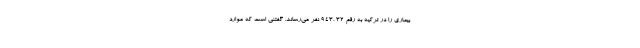
بیماری را در ترکیه به رقم ۳۲ ،۹۴۳ نفر می‌رساند. گفتنی است که موارد